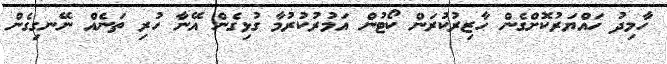
ހާމިދު ހައްޔަރުކޮށްގެން ހާޒިރުކުރަން ކޯޓުން އަމުރުކުރުމާ ގުޅިގެން އޭނާ ހުރި ތަނެއް ނޭނގިގެން